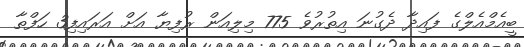
ބީއެމްއެލްގެ ފައިދާ ދެގުނަ އިތުރުވެ 775 މިލިއަން ރުފިޔާ އަށް އަރައިފި3 ހަފްތާ